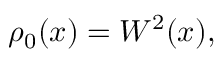
\rho _ { 0 } ( x ) = W ^ { 2 } ( x ) ,